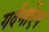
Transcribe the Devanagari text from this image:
गर्देर्मोएन